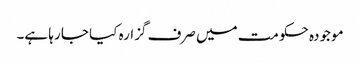
موجودہ حکومت میں صرف گزارہ کیا جا رہا ہے۔